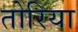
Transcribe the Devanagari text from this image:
तोरिया